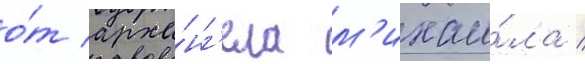
о́т арха́нг'ела м'ихаи́ла /